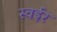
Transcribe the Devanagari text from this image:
स्वईर